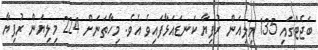
ބަޖެޓްގައި 135 މިލިއަން ރުފިޔާ ކަނޑައަޅާފައިވެ އެވެ. މިހާތަނަށް 224 މިލިޔަން ރުފިޔާ